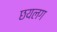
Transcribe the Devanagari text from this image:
छयलग